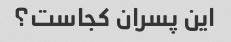
این پسران کجاست؟